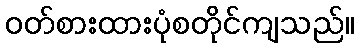
ဝတ်စားထားပုံစတိုင်ကျသည်။